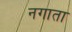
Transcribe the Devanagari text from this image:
नगाता